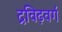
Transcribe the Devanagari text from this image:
द्रविढ़वर्ग